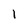
Character: 1